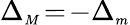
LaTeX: \Delta_{{\scriptscriptstyle M}}\! =\! -\Delta_{{\scriptscriptstyle m}}